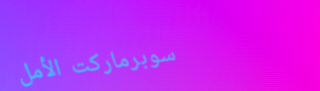
سوبرماركت الأمل